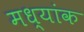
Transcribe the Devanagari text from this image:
मध्यांक